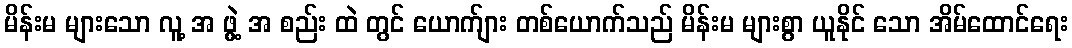
မိန်းမ များသော လူ့ အ ဖွဲ့ အ စည်း ထဲ တွင် ယောက်ျား တစ်ယောက်သည် မိန်းမ များစွာ ယူနိုင် သော အိမ်ထောင်ရေး